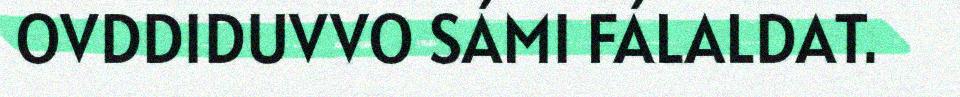
OVDDIDUVVO SÁMI FÁLALDAT.